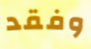
وفقد